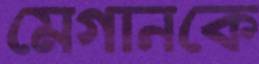
মেগানকে